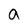
Character: a